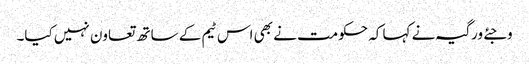
وجئے ورگیہ نے کہا کہ حکومت نے بھی اس ٹیم کے ساتھ تعاون نہیں کیا۔